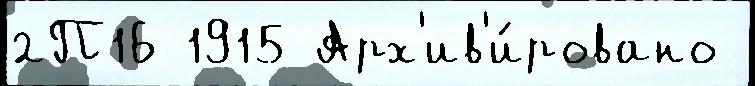
2П16 1915 Арх'ив'и́ровано